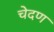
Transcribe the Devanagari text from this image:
चेदण